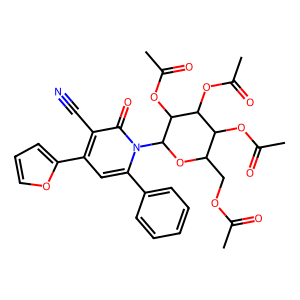
SMILES: CC(=O)OCC1OC(n2c(-c3ccccc3)cc(-c3ccco3)c(C#N)c2=O)C(OC(C)=O)C(OC(C)=O)C1OC(C)=O
Inhibits HIV replication: No